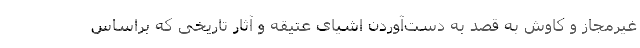
غیرمجاز و کاوش به قصد به دست‌آوردن اشیای عتیقه و آثار تاریخی که براساس